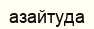
азайтуда